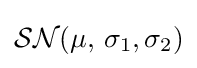
{\mathcal {SN}}(\mu ,\,\sigma _{1},\sigma _{2})